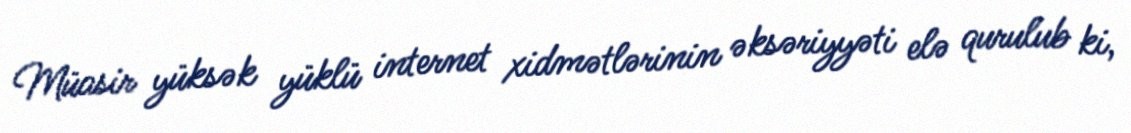
Müasir yüksək yüklü internet xidmətlərinin əksəriyyəti elə qurulub ki,